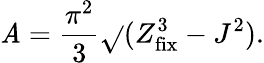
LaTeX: \mathit{A}={\frac{{\pi^{2}}}{{3}}}\sqrt{}{{(Z_{\mathrm{{fix}}}^{3}-J^{2})}}.